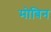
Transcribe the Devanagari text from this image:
मोबिन